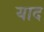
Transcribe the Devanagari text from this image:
याद